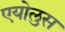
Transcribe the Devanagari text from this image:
एयोलुस